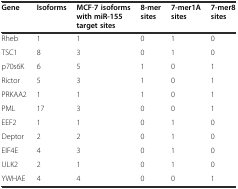
| Gene | Isoforms | MCF-7 isoforms with miR-155 target sites | 8-mer sites | 7-mer1A sites | 7-mer8 sites |
 | --- | --- | --- | --- | --- | --- |
 | Rheb | 1 | 1 | 0 | 1 | 0 |
 | TSC1 | 8 | 3 | 0 | 1 | 0 |
 | p70s6K | 6 | 5 | 1 | 0 | 1 |
 | Rictor | 5 | 3 | 1 | 0 | 1 |
 | PRKAA2 | 1 | 1 | 1 | 0 | 1 |
 | PML | 17 | 3 | 0 | 0 | 1 |
 | EEF2 | 1 | 1 | 0 | 1 | 0 |
 | Deptor | 2 | 2 | 0 | 1 | 0 |
 | EIF4E | 4 | 3 | 0 | 1 | 0 |
 | ULK2 | 2 | 1 | 0 | 1 | 0 |
 | YWHAE | 4 | 4 | 0 | 0 | 1 |